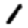
Digit: 1